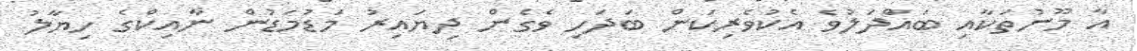
އާ މޫނުތަކާއި ބައްދަލުވެ އެކުވެރިކަން ބަދަހި ވެގެން ދިޔައިރު މަޑުމަޑުން ނާއިކްގެ ހިޔާލު